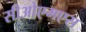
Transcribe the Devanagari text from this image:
सीओएमएस